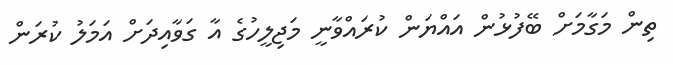
ތިން މަގާމަށް ބޭފުޅުން އައްޔަން ކުރައްވާނީ މަޖިލީހުގެ އާ ގަވާއިދަށް އަމަލު ކުރަން